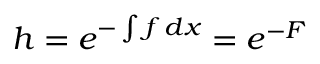
h = e ^ { - \int f \, d x } = e ^ { - F }